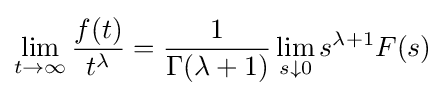
\lim _{t\to \infty }{\frac {f(t)}{t^{\lambda }}}={\frac {1}{\Gamma (\lambda +1)}}\lim _{s\downarrow 0}{s^{\lambda +1}F(s)}